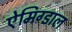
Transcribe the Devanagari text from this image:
ऐमिग्डाल